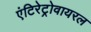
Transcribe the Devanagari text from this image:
एंटिरेट्रोवायरल